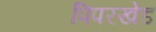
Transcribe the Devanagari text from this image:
पिपरखेड